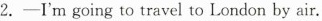
2. —I'm going to travel to London by air.